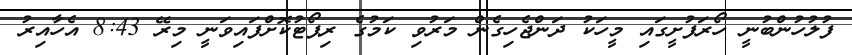
ފުލުހުންބުނީ ހޯރަފުށީގައި މީހަކު ދަންޖެހިގެން މަރުވި ކަމުގެ ރިޕޯޓުކޮށްފައިވަނީ މިރޭ 8:43 އެހާއިރު